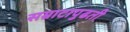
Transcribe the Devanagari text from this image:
सम्राटापुढती